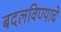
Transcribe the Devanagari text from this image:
बदलविण्याचे